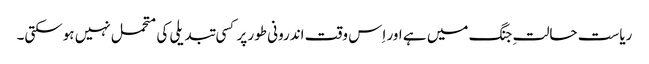
ریاست حالتِ جنگ میں ہے اور اِس وقت اندرونی طور پر کسی تبدیلی کی متحمل نہیں ہوسکتی۔